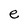
Character: e